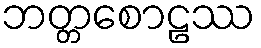
ဘတ္တစောဠဿ